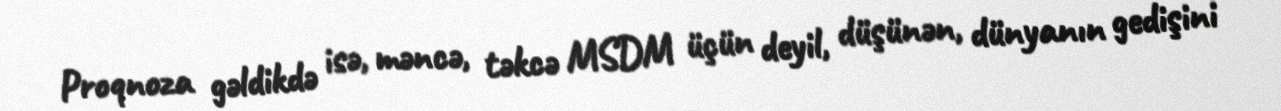
Proqnoza gəldikdə isə, məncə, təkcə MSDM üçün deyil, düşünən, dünyanın gedişini